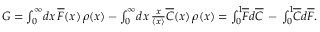
\begin{array} { r } { G = \int _ { 0 } ^ { \infty } \! d x \, \overline { { F } } ( x ) \, \rho ( x ) - \int _ { 0 } ^ { \infty } \! d x \, \frac { x } { \left\langle { x } \right\rangle } \overline { { C } } ( x ) \, \rho ( x ) = \int _ { 0 } ^ { 1 } \! \! \overline { { F } } d \overline { { C } } \, - \, \int _ { 0 } ^ { 1 } \! \! \overline { { C } } d \overline { { F } } . } \end{array}